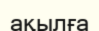
ақылға